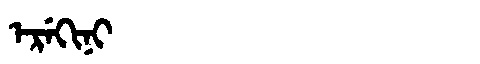
Manchu: ᡝᡵᡝᡴᡳᠨᡳ
Romanization: EREKINI